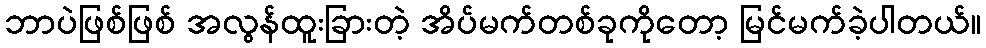
ဘာပဲဖြစ်ဖြစ် အလွန်ထူးခြားတဲ့ အိပ်မက်တစ်ခုကိုတော့ မြင်မက်ခဲ့ပါတယ်။